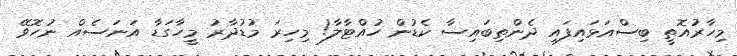
މިހާރުއޮތީ ބިސްއަޅައިފައި ދެންތިބައިސާ ކެޑުން ހުއްޓާލާ! މިހިރަ މުޑުދާރު މީހާގަޑާ އަނަސެއް ނުހޮވޭ